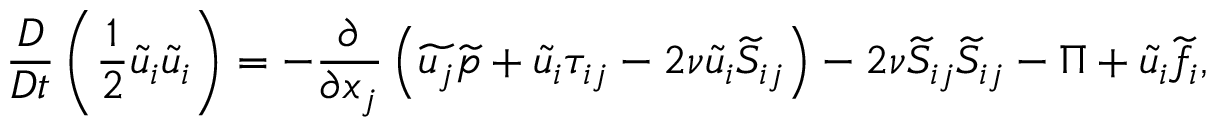
\frac { D } { D t } \left( \frac { 1 } { 2 } \widetilde { u } _ { i } \widetilde { u } _ { i } \right) = - \frac { \partial } { \partial x _ { j } } \left( \widetilde { u _ { j } } \widetilde { p } + \widetilde { u } _ { i } \tau _ { i j } - 2 \nu \widetilde { u } _ { i } \widetilde { S } _ { i j } \right) - 2 \nu \widetilde { S } _ { i j } \widetilde { S } _ { i j } - \Pi + \widetilde { u } _ { i } { \widetilde { f _ { i } } } ,